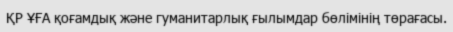
ҚР ҰҒА қоғамдық және гуманитарлық ғылымдар бөлімінің төрағасы.